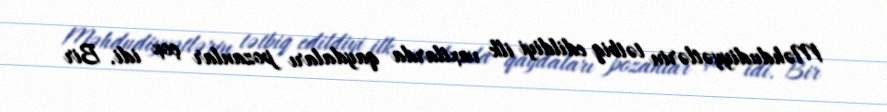
Məhdudiyyətlərin tətbiq edildiyi ilk vaxtlarda qaydaları pozanlar çox idi. Bir